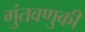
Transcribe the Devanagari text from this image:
गुंतवणुकी